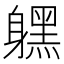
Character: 𨊂